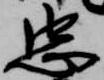
忠